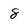
Character: 8